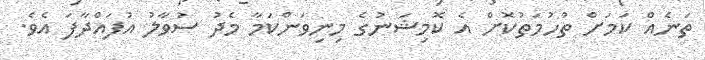
ތަނެއް ކަމަށް ތުހުމަތުކޮށް އެ ކޮމިޝަނުގެ މިނިވަންކަމާ މެދު ސުވާލު އުފައްދާފަ އެވެ.